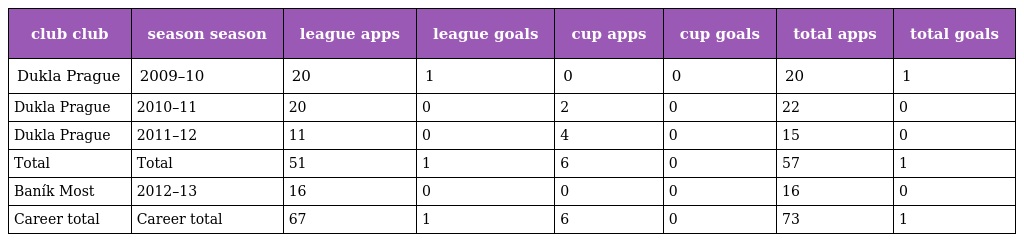
| club club | season season | league apps | league goals | cup apps | cup goals | total apps | total goals |
 | --- | --- | --- | --- | --- | --- | --- | --- |
 | Dukla Prague | 2009–10 | 20 | 1 | 0 | 0 | 20 | 1 |
 | Dukla Prague | 2010–11 | 20 | 0 | 2 | 0 | 22 | 0 |
 | Dukla Prague | 2011–12 | 11 | 0 | 4 | 0 | 15 | 0 |
 | Total | Total | 51 | 1 | 6 | 0 | 57 | 1 |
 | Baník Most | 2012–13 | 16 | 0 | 0 | 0 | 16 | 0 |
 | Career total | Career total | 67 | 1 | 6 | 0 | 73 | 1 |